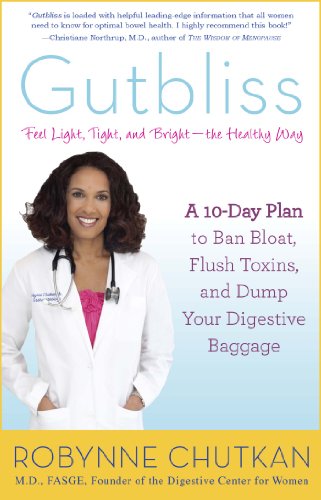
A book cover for Gutbliss: A 10-Day Plan to Ban Bloat, Flush Toxins, and Dump Your Digestive Baggage; Dr. Robynne Chutkan M.D.; Health, Fitness & Dieting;